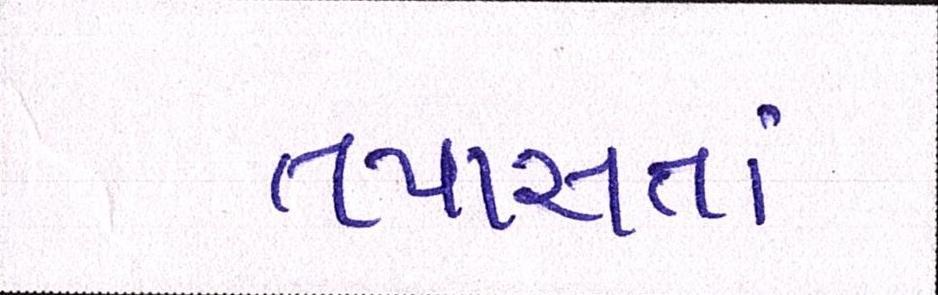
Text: તપાસતાં